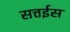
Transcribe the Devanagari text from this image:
सत्तईस